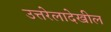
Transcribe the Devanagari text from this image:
उत्तरेलादेखील